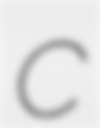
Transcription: C